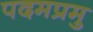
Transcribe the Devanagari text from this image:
पदमप्रमु